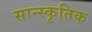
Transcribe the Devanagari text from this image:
सान्स्कृतिक